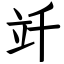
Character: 竏